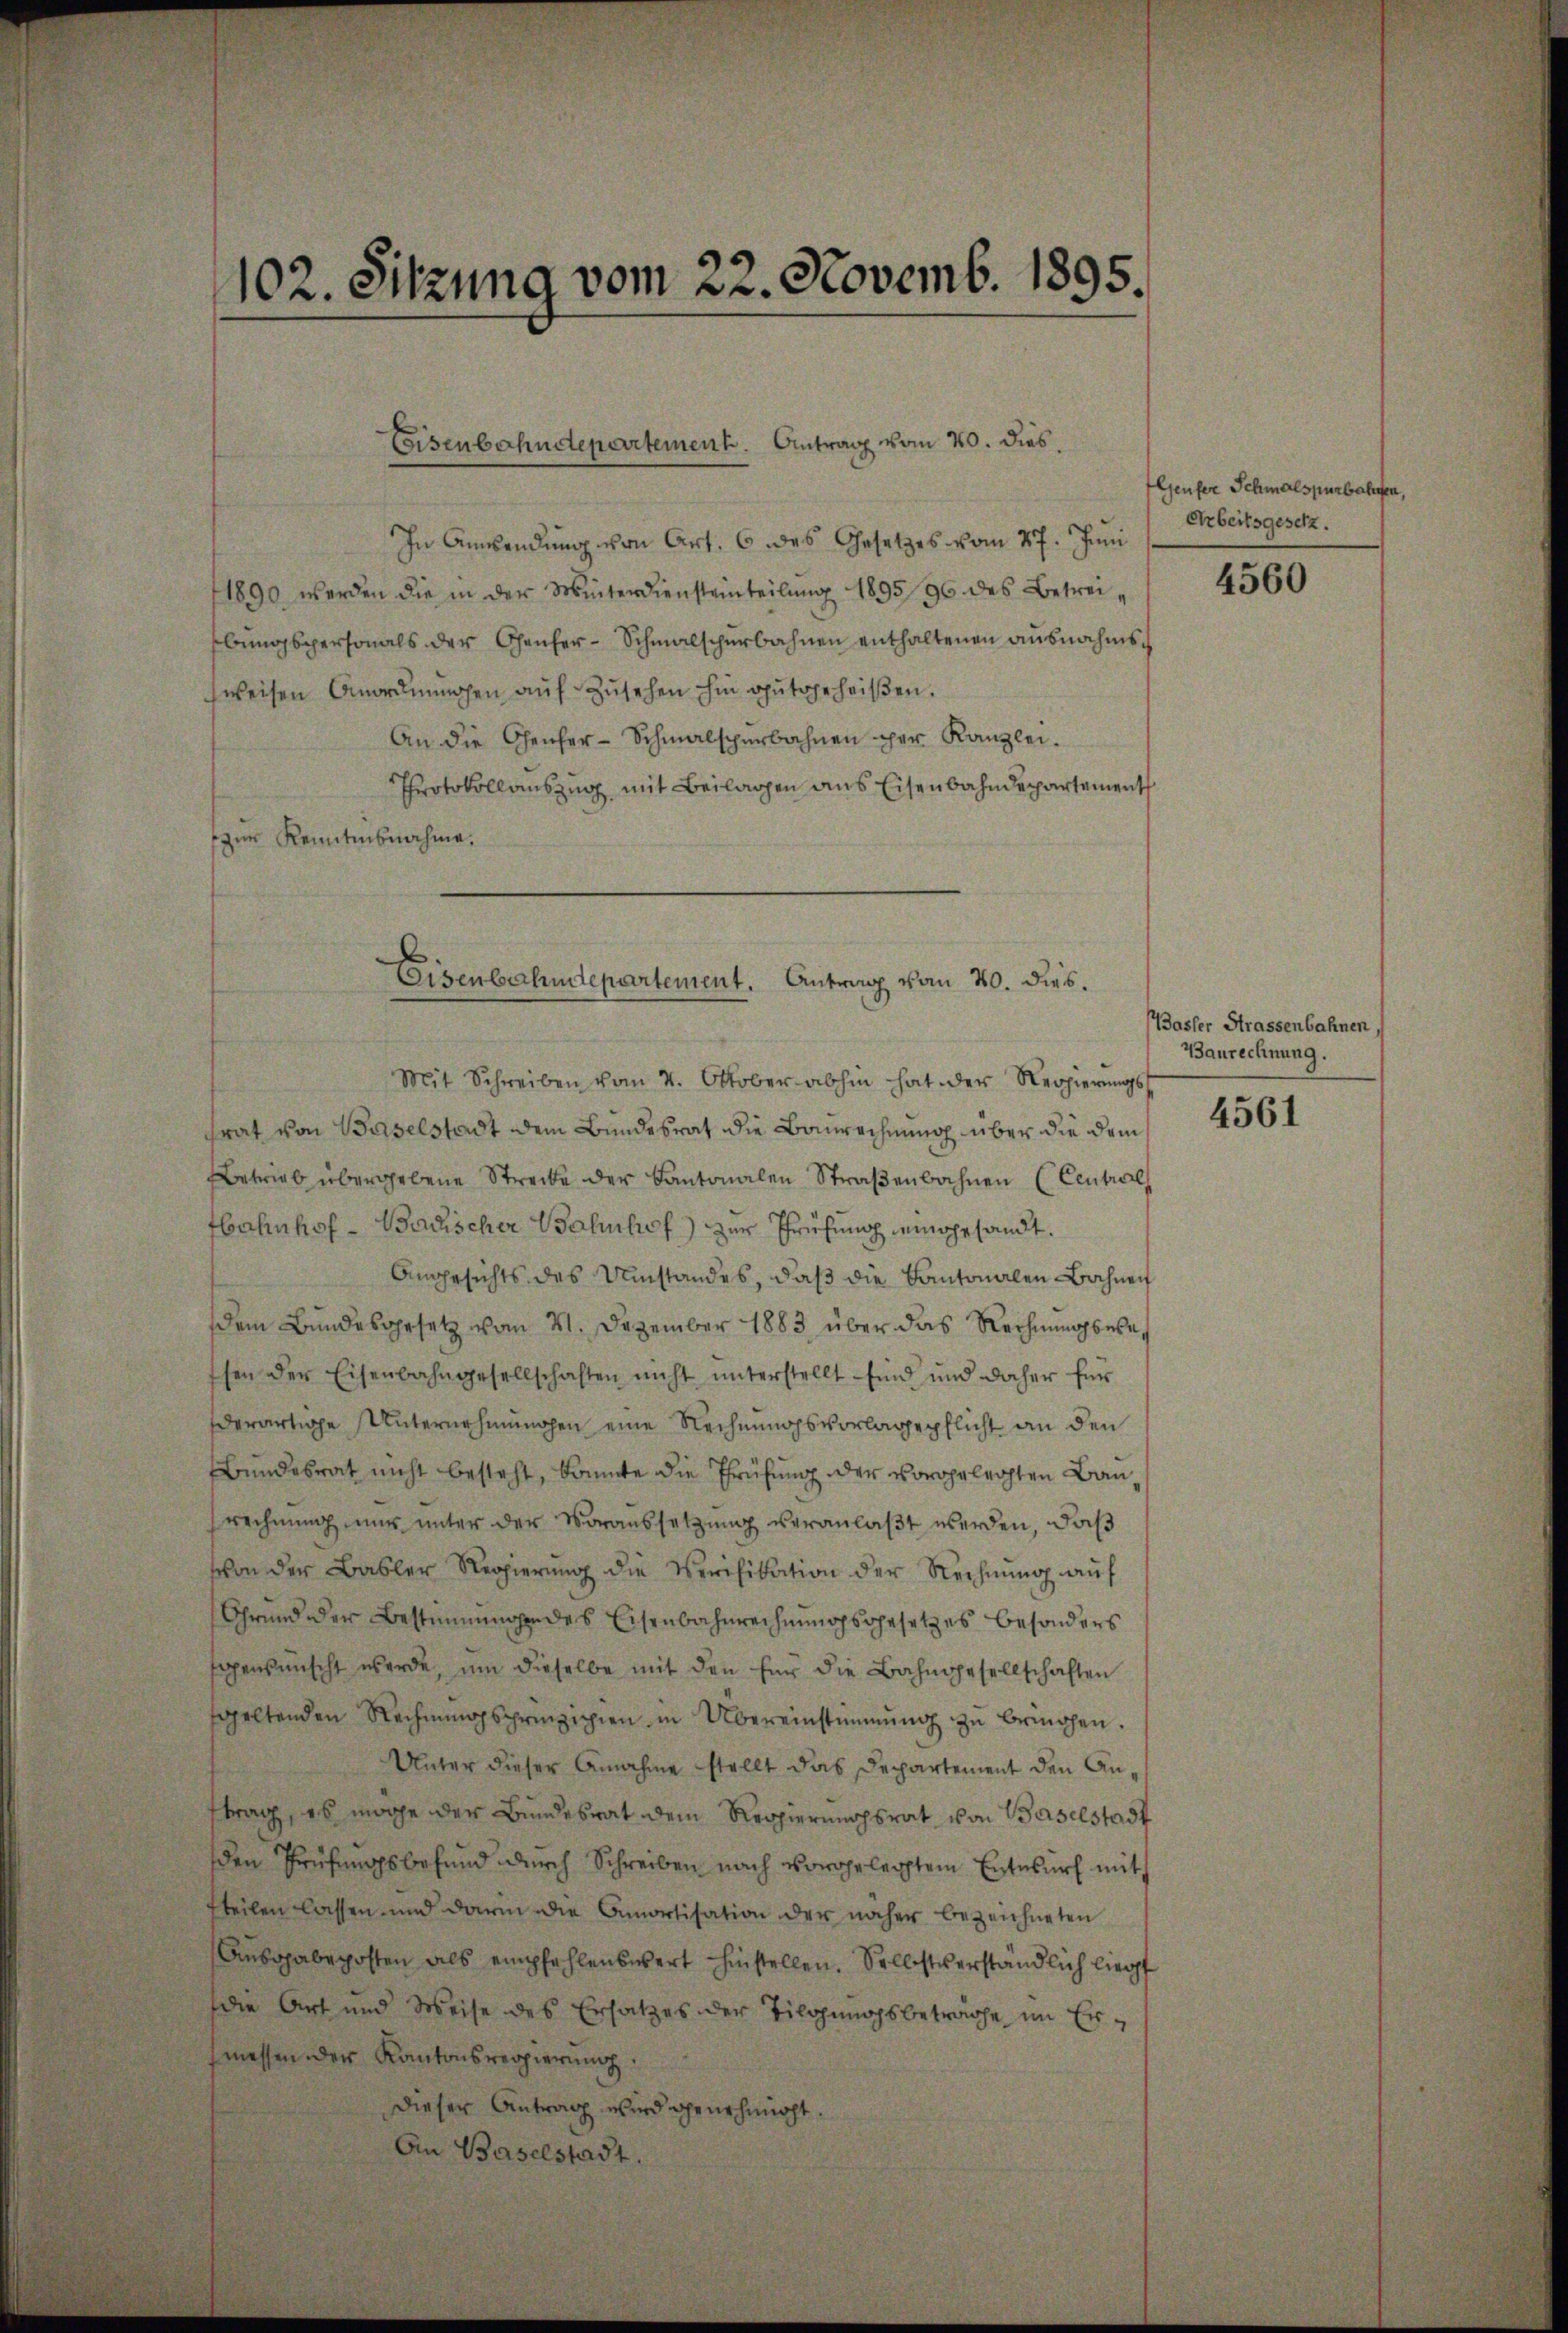
102. Sitzung vom 22. Novemb. 1895.

In Anwendung von Art. 6 des Gesetzes vom 27. Juni
1890 werden die in der Winterdiensteinteilung 189596 des Betreibungspersonals der Genfer-Schmalschurbahnen enthaltenen ausnahmsweisen Anordnŭngen aŭf Zŭsehen hin gutgeheißen.
An die Genfer-Schmalscherbahnen per Kanzlei.
Protokollauszug mit Beilagen aus Eisenbahndepartement
zur Kenntnisnahme.

Eisenbahndepartement. Antrag vom 20. dies

Eisenbahndepartement. Antrag vom 20. dies.

Mit Schreiben vom 4. Oktober abhin hat der Regierŭngs
rat von Baselstadt dem Bundesrat die Baurechnung über die dem¬
Betrieb übergebene Strecke der Kantonalen Straβenbahnen (Central
bahnhof - Badischer Bahnhof zur Prüfung eingesandt.
Angesichts des Umstandes, daß die Kantonalen Bahnen
dem Bundesgesetz vom 21. Dezember 1883 über das Rechnŭngsere,
sen der Eisenbahngesellschaften nicht ŭnterstellt sind und daher für
derartige Unternehmungen eine Rechnungsvorlagspflicht an den
Bundesrat nicht besteht, könnte die Thrüfung der vorgelegten Bausrechnung nur unter der Voraussetzung veranlaßt werden, daß
von der Basler Regierŭng die Verifikation der Rechnŭng aŭf
Grund der Bestimmungen des Eisenbahnrechnungsgesetzes besonders
enkünscht werde, um dieselbe mit den für die Bahngesellschaften
geltenden Rechnŭngsprinzipien in Übereinstimmung zu bringen.
Unter dieser Annahme stellt das Departement den Antrag, es möge der Bundesrat dem Reppierungsrat von Baselstadt
den Prüfungsbefund durch Schreiben nach vorgelegtem Entwurf mit
fteilen lassen und darin die Amortisation der näher bezeichneten
Ausgabeposten als empfehlenswert hinstellen. Selbstverständlich liegt
die Art und Weise des Ersatzes der Tilgungsbetrache im Ermessen der Kantonsregierung.
Dieser Antrag wird genehmigt.
An Baselstadt.

Genfer Schmalspurbahren,
Arbeitsgesetz.

4560

(Basler Strassenbahnen,
Baurechnung.

4561